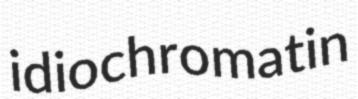
idiochromatin